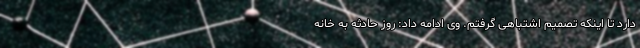
دارد تا اینکه تصمیم اشتباهی گرفتم. وی ادامه داد: روز حادثه به خانه